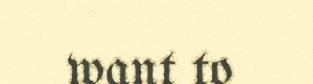
want to